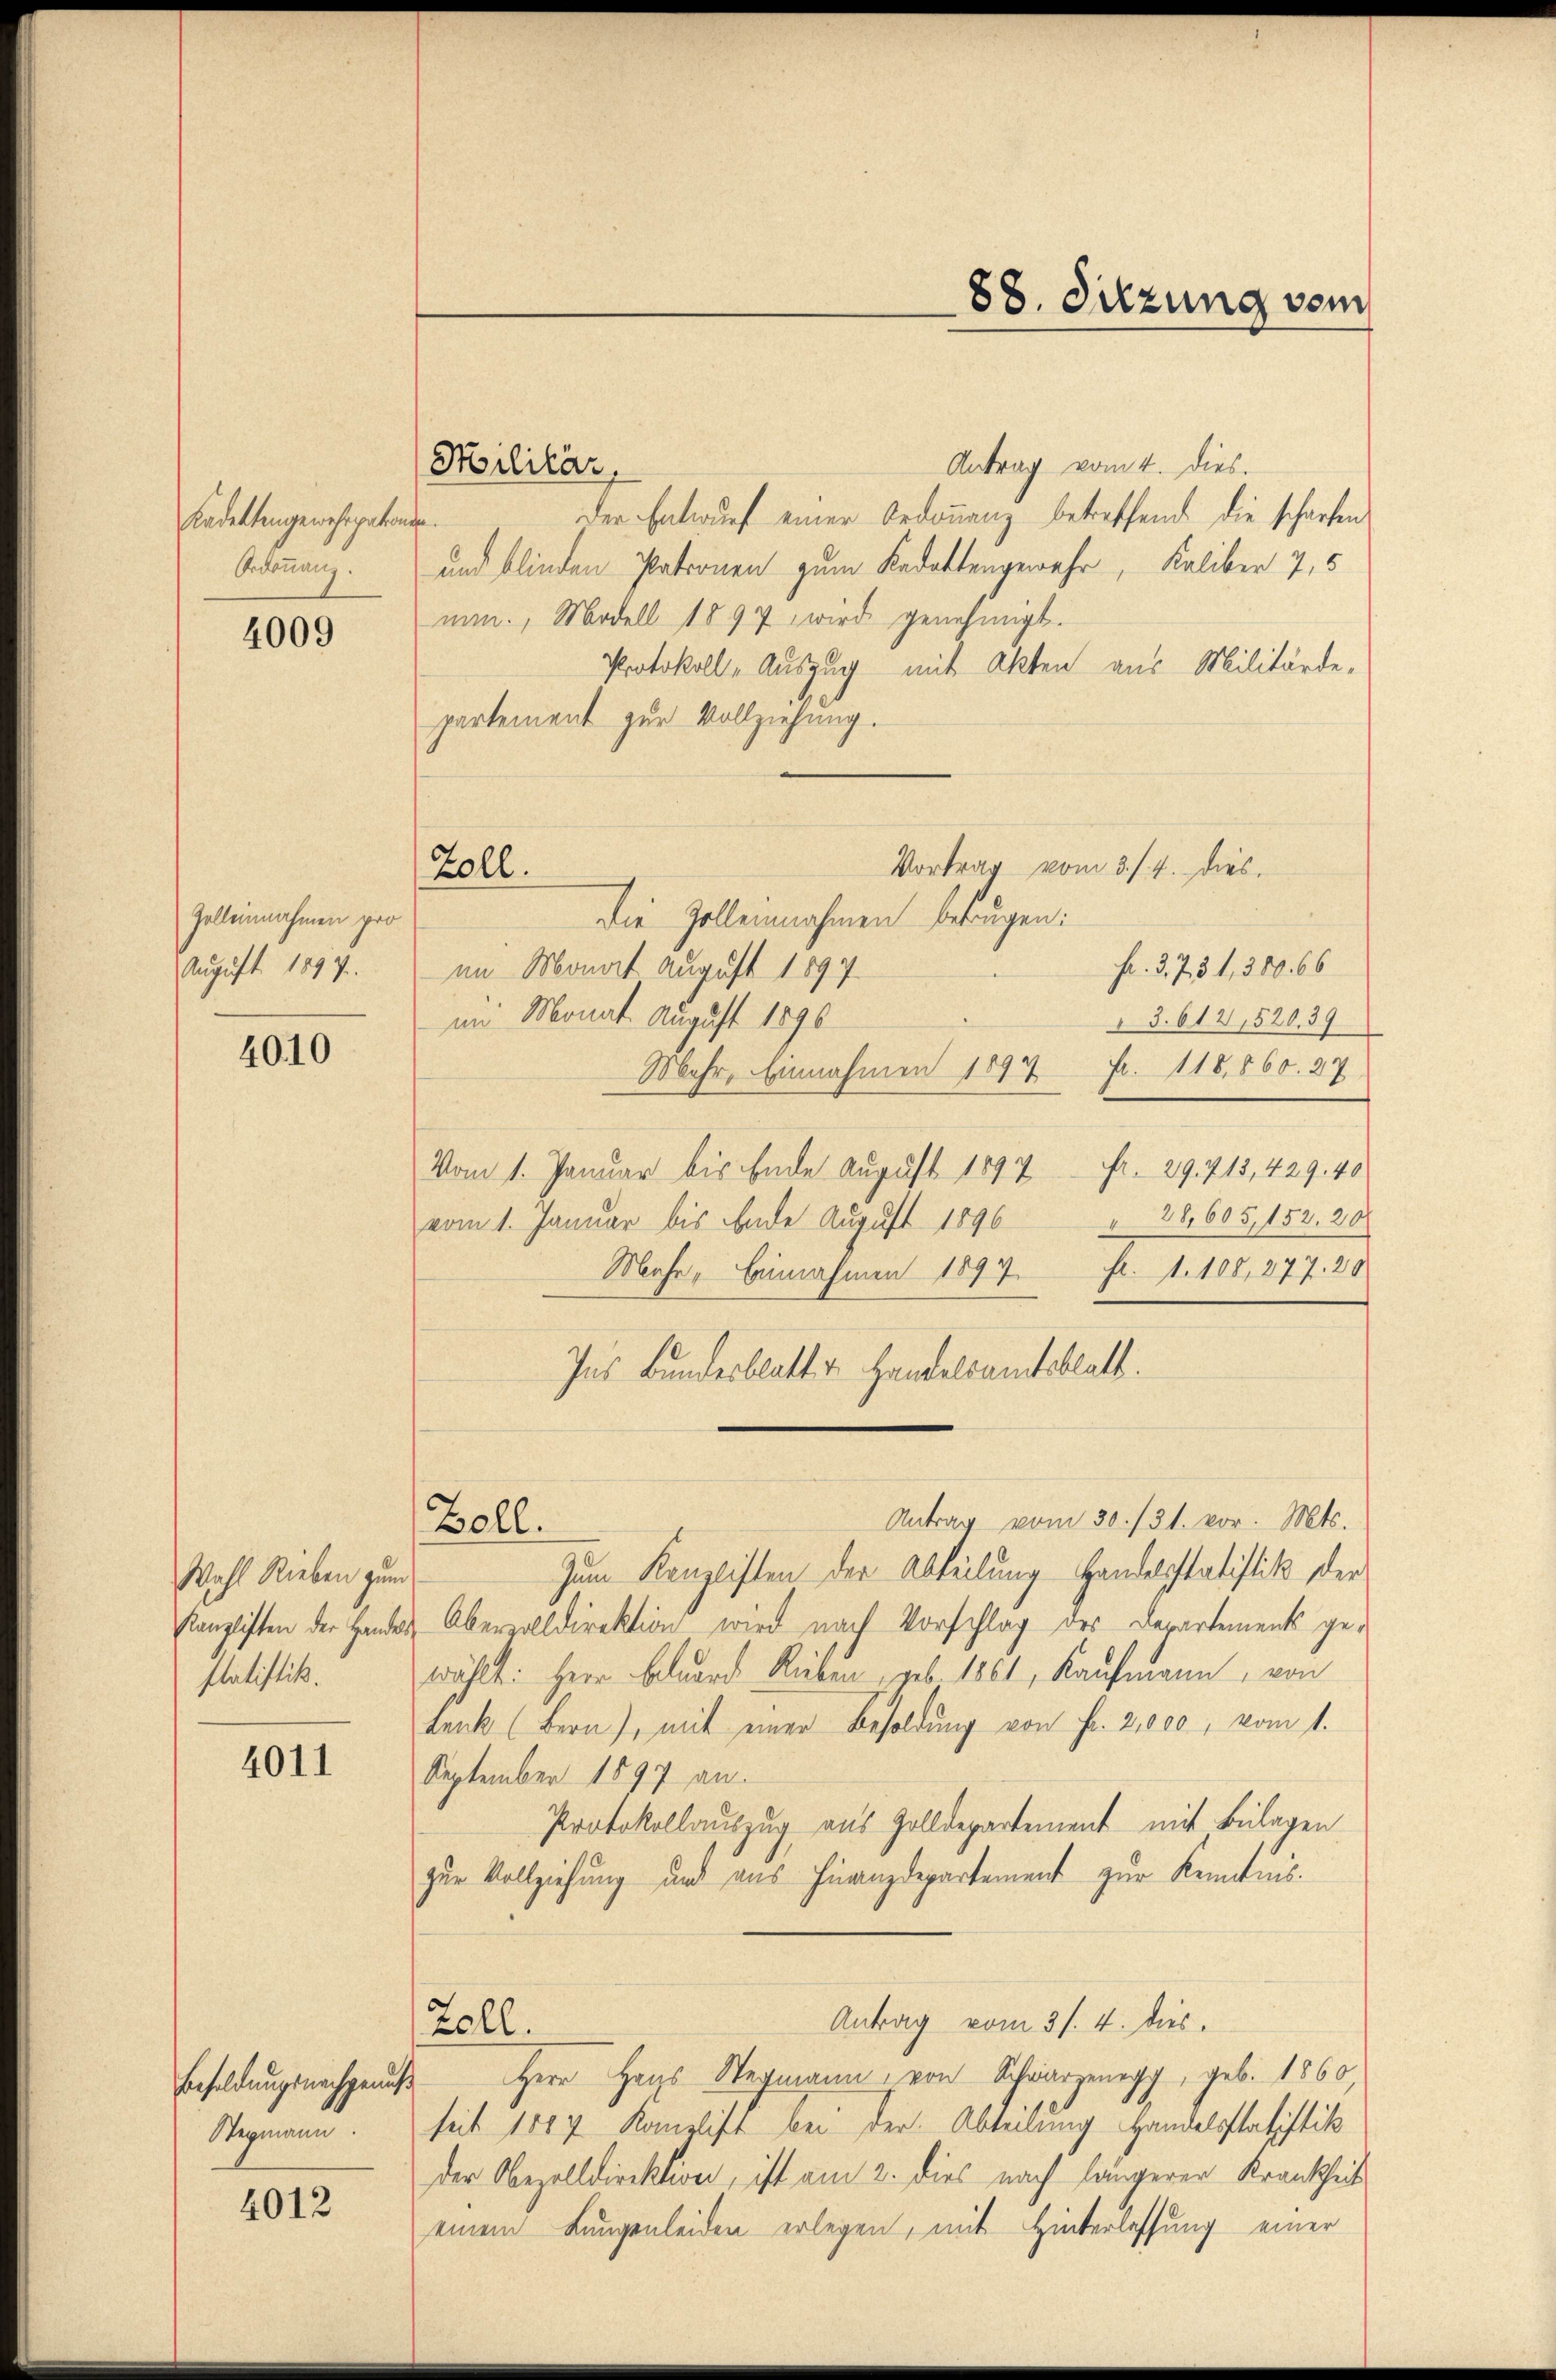
Kadettengewestpatron
Ordonnung.

4009

Zelleinnahmen pro
August 1897.

4010

Wahl Rieben zum
Kanzlisten der Handel
statistik.

4011

Sommen.

4012

Antrag vom 4. dies.
Der Entwurf einer bedonnenz betreffend die scharfen
nehme.
und blinden Patronen zum Redattengewahr, Kaliber 7,5
man, Modell 1897 wird genehmigt.
Protokoll- Auszug mit Akten aus Militärde,
partement zur Vollziehung.
Vortrag vom 3./4. dies.
die Zolleinnahmen betragen:
Fr. 3.731, 380. 66
im Monat August 1897
im Monat August 1890
3. 614, 520.39
Mehr, Einnahmen 1897 Fr. 118,860. 27
Vom 1. Januar bis Ende August 1897 Fr. 29. 715, 429. 40
vom 1. Januar bis Ende August 1896 " 36, 605, 152. 20
Mahe, benahmen 1897 Fr. 1. 108, 277. 20
Ins Bundesblatt v. Handelsamtsblatt.
Antrag vom 30./31. vor. Mts.
Boll.
Zum Kanzlisten der Abteilung Handelsstatistik der
u Obervolldirektion wird nach Vorschlag des Departements ge-
wählt: Herr Beluard Rüben, geb. 1861, Kaufmann, von
Lenk (Bern), mit einer Besoldung von Fr. 2,000, vom 1.
September 1897 an.
Protokollauszug aus Zolldepartement mit Beilagen
zur Vollziehung und aus Finanzdepartement zur Kenntnis.
Antrag vom 31. 4. dies
Zoll.
Besoldungsnachgenuß Herr Hans Wegmann, von Schwarzenegg, geb. 1860
seit 1887 Komplift bei der Abteilung Handelsstatistik
der Obezolldirektion, ist am 2. dies nach längerer Krankheit
einem Lungenleiden erlegen, mit Hinterlassung einer

Militär.

Zoll.

88. Sitzung vom